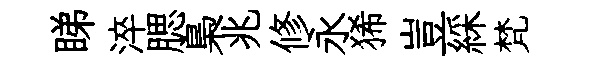
睇淬腮梟兆修永狶豈綵梵